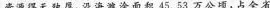
资源得天独厚，沿海滩涂面积45.53万公顷，占全省